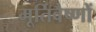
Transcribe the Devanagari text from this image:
मूर्तिवैष्णों